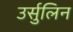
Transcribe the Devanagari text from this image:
उर्सुलिन